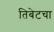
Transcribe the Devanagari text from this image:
तिबेटचा